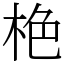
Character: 栬